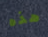
هذه